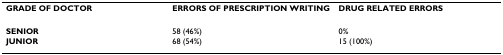
| GRADE OF DOCTOR | ERRORS OF PRESCRIPTION WRITING | DRUG RELATED ERRORS |
 | --- | --- | --- |
 | SENIOR | 58 (46%) | 0% |
 | JUNIOR | 68 (54%) | 15 (100%) |